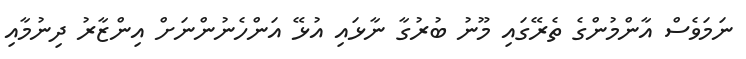
ނަމަވެސް އާންމުންގެ ތެރޭގައި މޫނު ބުރުގާ ނާޅައި އުޅޭ އަންހެނުންނަށް އިންޒާރު ދިނުމާއި